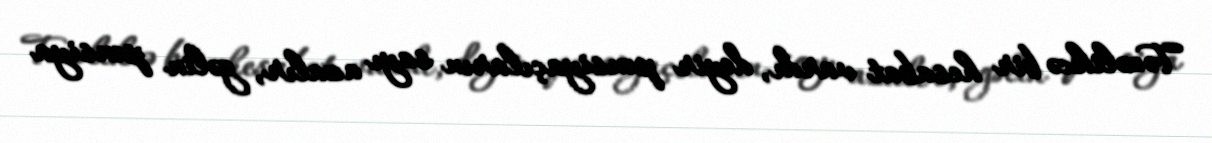
Təzəlikcə bir hesabat vardı, deyir pensiyaçıların sayı azalır, gəlin pensiya